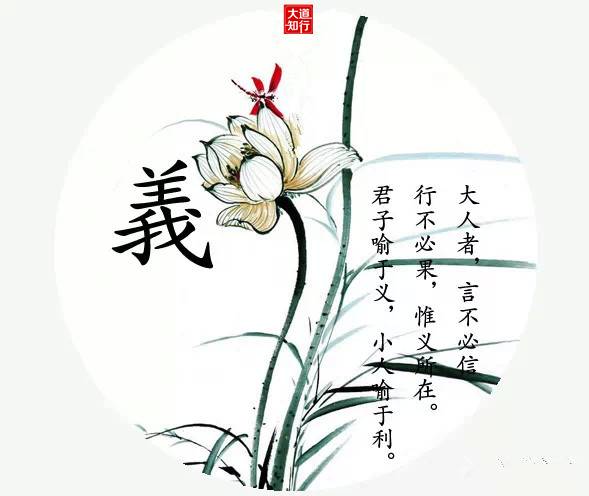
若得鼓而进于义，则吾义岂不益进哉。